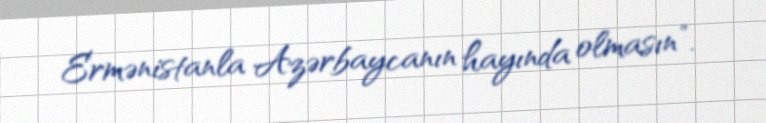
Ermənistanla Azərbaycanın hayında olmasın”.